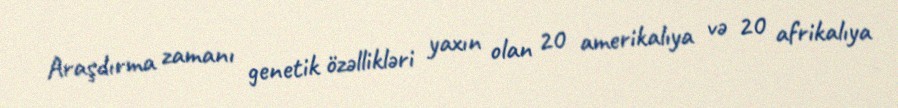
Araşdırma zamanı genetik özəllikləri yaxın olan 20 amerikalıya və 20 afrikalıya